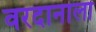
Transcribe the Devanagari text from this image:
वरदानाला